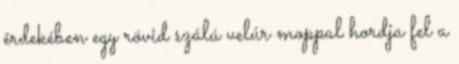
érdekében egy rövid szálú velúr moppal hordja fel a